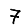
Digit: 7